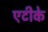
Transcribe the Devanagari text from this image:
एटीके